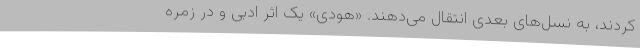
کردند، به نسل‌های بعدی انتقال می‌دهند. «هودی» یک اثر ادبی و در زمره